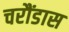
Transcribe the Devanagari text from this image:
चरौंडास